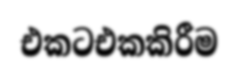
එකටඑකකිරීම